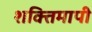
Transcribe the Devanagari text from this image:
शक्तिमापी